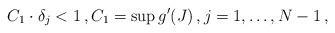
LaTeX: \begin{align*}C_1 \cdot \delta_j <1\,,C_1=\sup g'(J)\,, j=1,\ldots,N-1\,,\end{align*}